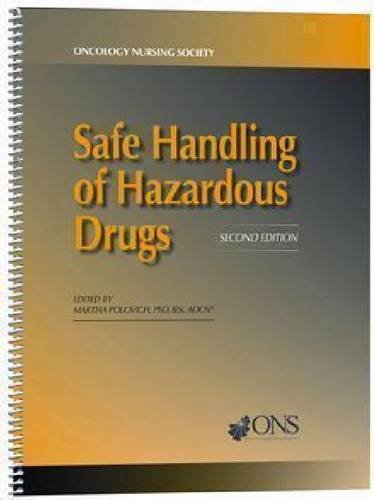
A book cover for Safe Handling of Hazardous Drugs; Martha Polovich; Medical Books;